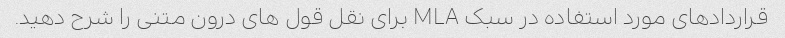
قراردادهای مورد استفاده در سبک MLA برای نقل قول های درون متنی را شرح دهید.